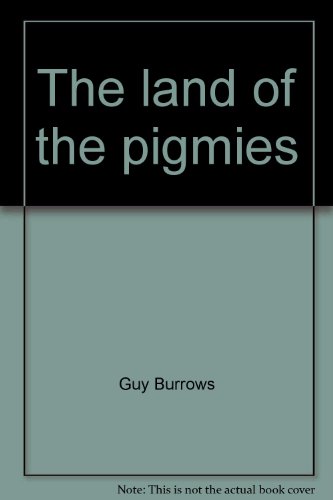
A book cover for The land of the pigmies; Guy Burrows; Travel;